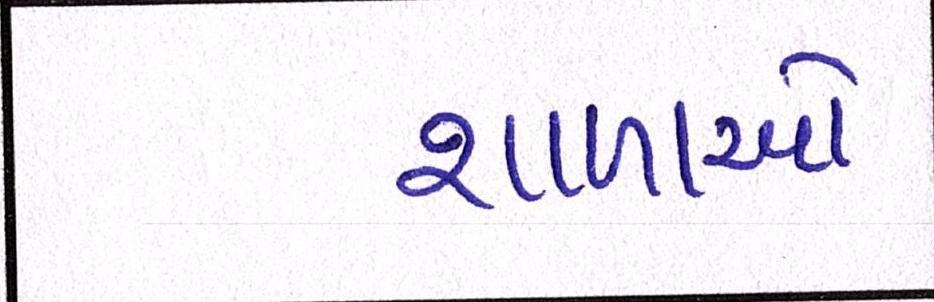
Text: શાળાઓ